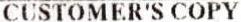
CUSTOMER'S COPY